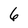
Character: 6